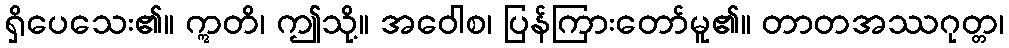
ရှိပေသေး၏။ ဣတိ၊ ဤသို့။ အဝေါစ၊ ပြန်ကြားတော်မူ၏။ တာတအဿဂုတ္တ၊